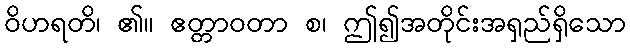
ဝိဟရတိ၊ ၏။ ဧတ္တာဝတာ စ၊ ဤ၍အတိုင်းအရှည်ရှိသော